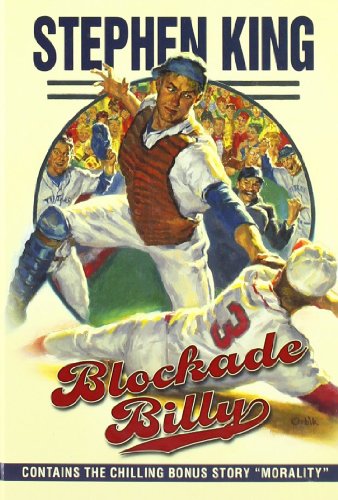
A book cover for Blockade Billy; Stephen King; Literature & Fiction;